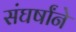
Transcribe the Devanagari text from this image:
संघर्षांने